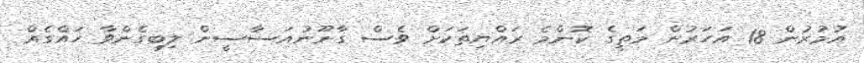
އުމުރުން 18 އަހަރުން މަތީގެ ކޮންމެ ރައްޔިތަކަށް ވެސް ގާނޫނުއަސާސީން ލިބިގެންވާ ހައްގެއް